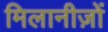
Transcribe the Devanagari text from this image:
मिलानीज़ों